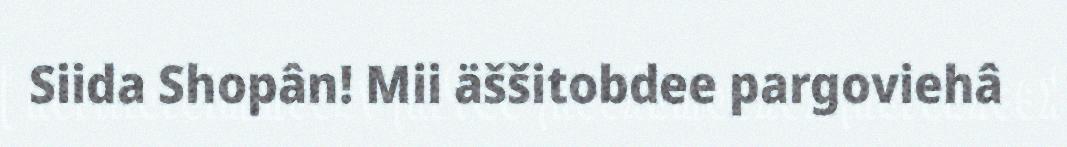
Siida Shopân! Mii äššitobdee pargoviehâ